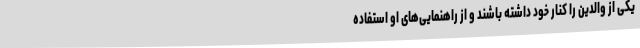
یکی از والدین را کنار خود داشته باشند و از راهنمایی‌های او استفاده